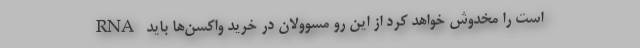
RNA است را مخدوش خواهد کرد از این رو مسوولان در خرید واکسن‌ها باید